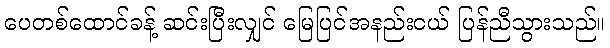
ပေတစ်ထောင်ခန့် ဆင်းပြီးလျှင် မြေပြင်အနည်းငယ် ပြန်ညီသွားသည်။